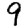
Digit: 9